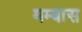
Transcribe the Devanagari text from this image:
मम्बास